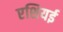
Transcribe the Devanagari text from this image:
एशियई